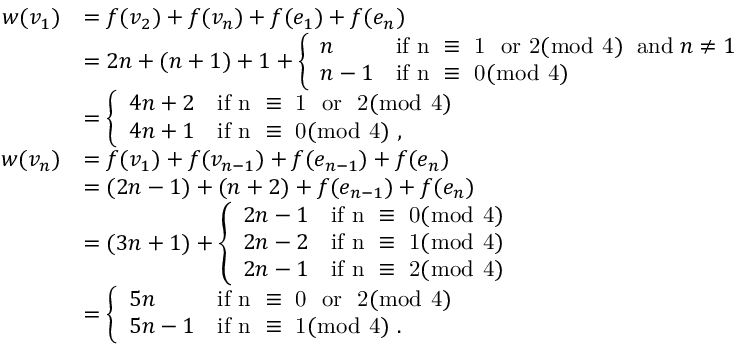
\begin{array} { r l } { w ( v _ { 1 } ) } & { = f ( v _ { 2 } ) + f ( v _ { n } ) + f ( e _ { 1 } ) + f ( e _ { n } ) } \\ & { = 2 n + ( n + 1 ) + 1 + \left\{ \begin{array} { l l } { n } & { \mathrm { i f ~ n ~ \equiv ~ 1 ~ \mathrm { ~ o r ~ } 2 ( \bmod ~ 4 ) ~ } \; \mathrm { a n d } \; n \ne 1 } \\ { n - 1 } & { \mathrm { i f ~ n ~ \equiv ~ 0 ( \bmod ~ 4 ) ~ } } \end{array} \right. } \\ & { = \left\{ \begin{array} { l l } { 4 n + 2 } & { \mathrm { i f ~ n ~ \equiv ~ 1 ~ \mathrm { ~ o r ~ } ~ 2 ( \bmod ~ 4 ) ~ } } \\ { 4 n + 1 } & { \mathrm { i f ~ n ~ \equiv ~ 0 ( \bmod ~ 4 ) ~ } , } \end{array} \right. } \\ { w ( v _ { n } ) } & { = f ( v _ { 1 } ) + f ( v _ { n - 1 } ) + f ( e _ { n - 1 } ) + f ( e _ { n } ) } \\ & { = ( 2 n - 1 ) + ( n + 2 ) + f ( e _ { n - 1 } ) + f ( e _ { n } ) } \\ & { = ( 3 n + 1 ) + \left\{ \begin{array} { l l } { 2 n - 1 } & { \mathrm { i f ~ n ~ \equiv ~ 0 ( \bmod ~ 4 ) ~ } } \\ { 2 n - 2 } & { \mathrm { i f ~ n ~ \equiv ~ 1 ( \bmod ~ 4 ) ~ } } \\ { 2 n - 1 } & { \mathrm { i f ~ n ~ \equiv ~ 2 ( \bmod ~ 4 ) ~ } } \end{array} \right. } \\ & { = \left\{ \begin{array} { l l } { 5 n } & { \mathrm { i f ~ n ~ \equiv ~ 0 ~ \mathrm { ~ o r ~ } ~ 2 ( \bmod ~ 4 ) ~ } } \\ { 5 n - 1 } & { \mathrm { i f ~ n ~ \equiv ~ 1 ( \bmod ~ 4 ) ~ } . } \end{array} \right. } \end{array}